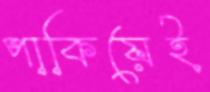
পাকিয়েই